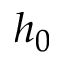
h _ { 0 }